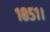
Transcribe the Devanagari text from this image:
१८५१।